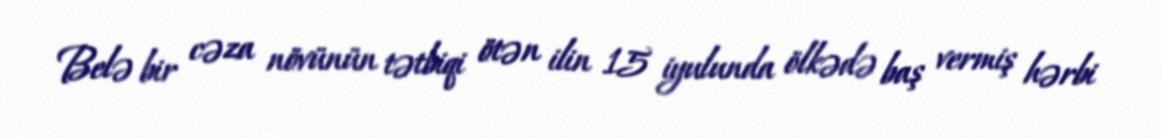
Belə bir cəza növünün tətbiqi ötən ilin 15 iyulunda ölkədə baş vermiş hərbi